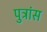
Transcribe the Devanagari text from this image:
पुत्रांस